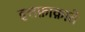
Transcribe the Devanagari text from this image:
इत्तफ़ाक़ाते